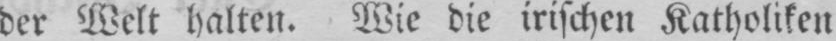
der Welt halten. Wie die irischen Katholiken